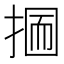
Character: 𢰋